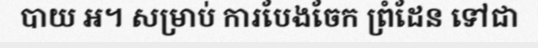
បាយ អ។ សម្រាប់ ការបែងចែក ព្រំដែន ទៅជា